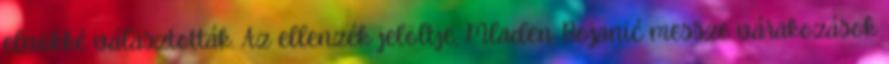
elnökké választották. Az ellenzék jelöltje, Mladen Bojanić messze várakozások